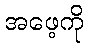
အဖေ့ကို